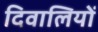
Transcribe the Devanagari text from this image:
दिवालियों